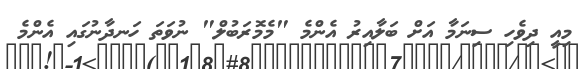
މިއީ ދިވެހި ސިނަމާ އަށް ބަލާއިރު އެންމެ "މެމޮރަބުލް" ނުވަތަ ހަނދާނުގައި އެންމެ